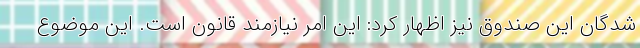
شدگان این صندوق نیز اظهار کرد: این امر نیازمند قانون است. این موضوع